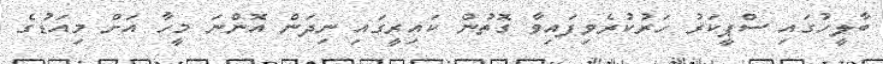
ބާލީހުގައި ސްޕީކަރު ހަރުކުރެވިފައިވާ ގޮތުން ކައިރީގައި ނިދަން އޮންނަ މީހާ އަށް މިއަޑުގެ